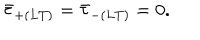
\bar { \tau } _ { + ( L T ) } = \bar { \tau } _ { - ( L T ) } = 0 .